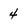
Character: 4